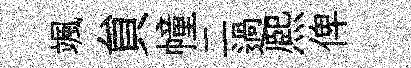
颯貟幢二過熈俾